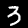
Digit: 3